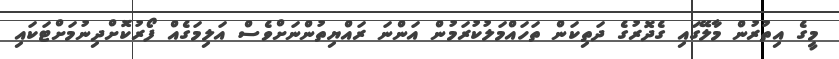
މީގެ އިތުރުން މާލޭގައި ގެދޮރުގެ ދަތިކަން ތަހައްމަލުކުރަމުން އަންނަ ރައްޔިތުންނަށްވެސް އަލިމަގެއް ފޯރުކޮށްދިނުމަށްޓަކައި